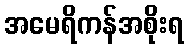
အမေရိကန်အစိုးရ